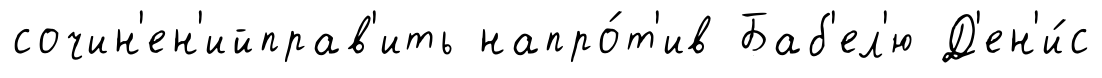
сочин'ен'ийправ'ить напро́т'ив Баб'ел'ю Д'ен'и́с